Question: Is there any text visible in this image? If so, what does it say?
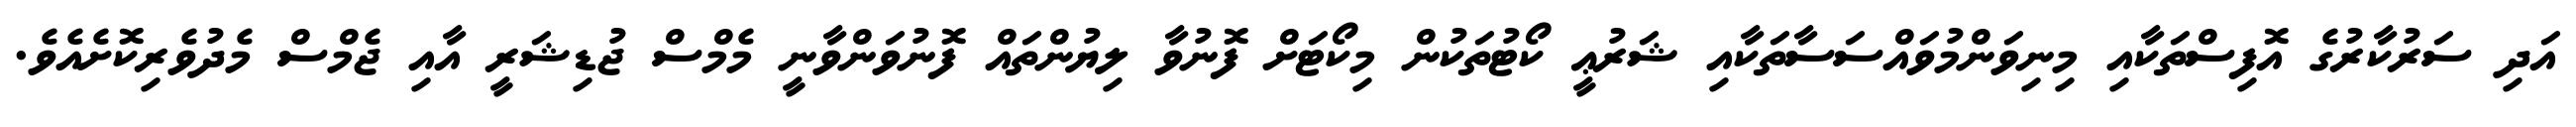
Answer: އަދި ސަރުކާރުގެ އޮފިސްތަކާއި މިނިވަންމުވައްސަސާތަކާއި ޝަރުޢީ ކޯޓުތަކުން މިކޯޓަށް ފޮނުވާ ލިޔުންތައް ފޮނުވަންވާނީ މެމްސް ޖުޑިޝަރީ އާއި ޖެމްސް މެދުވެރިކޮށެއެވެ.